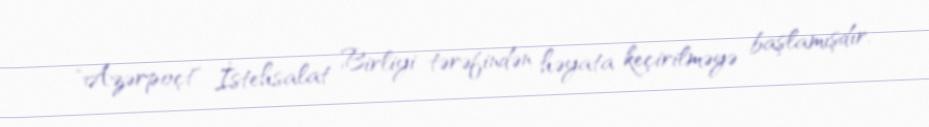
"Azərpoçt" İstehsalat Birliyi tərəfindən həyata keçirilməyə başlamışdır.